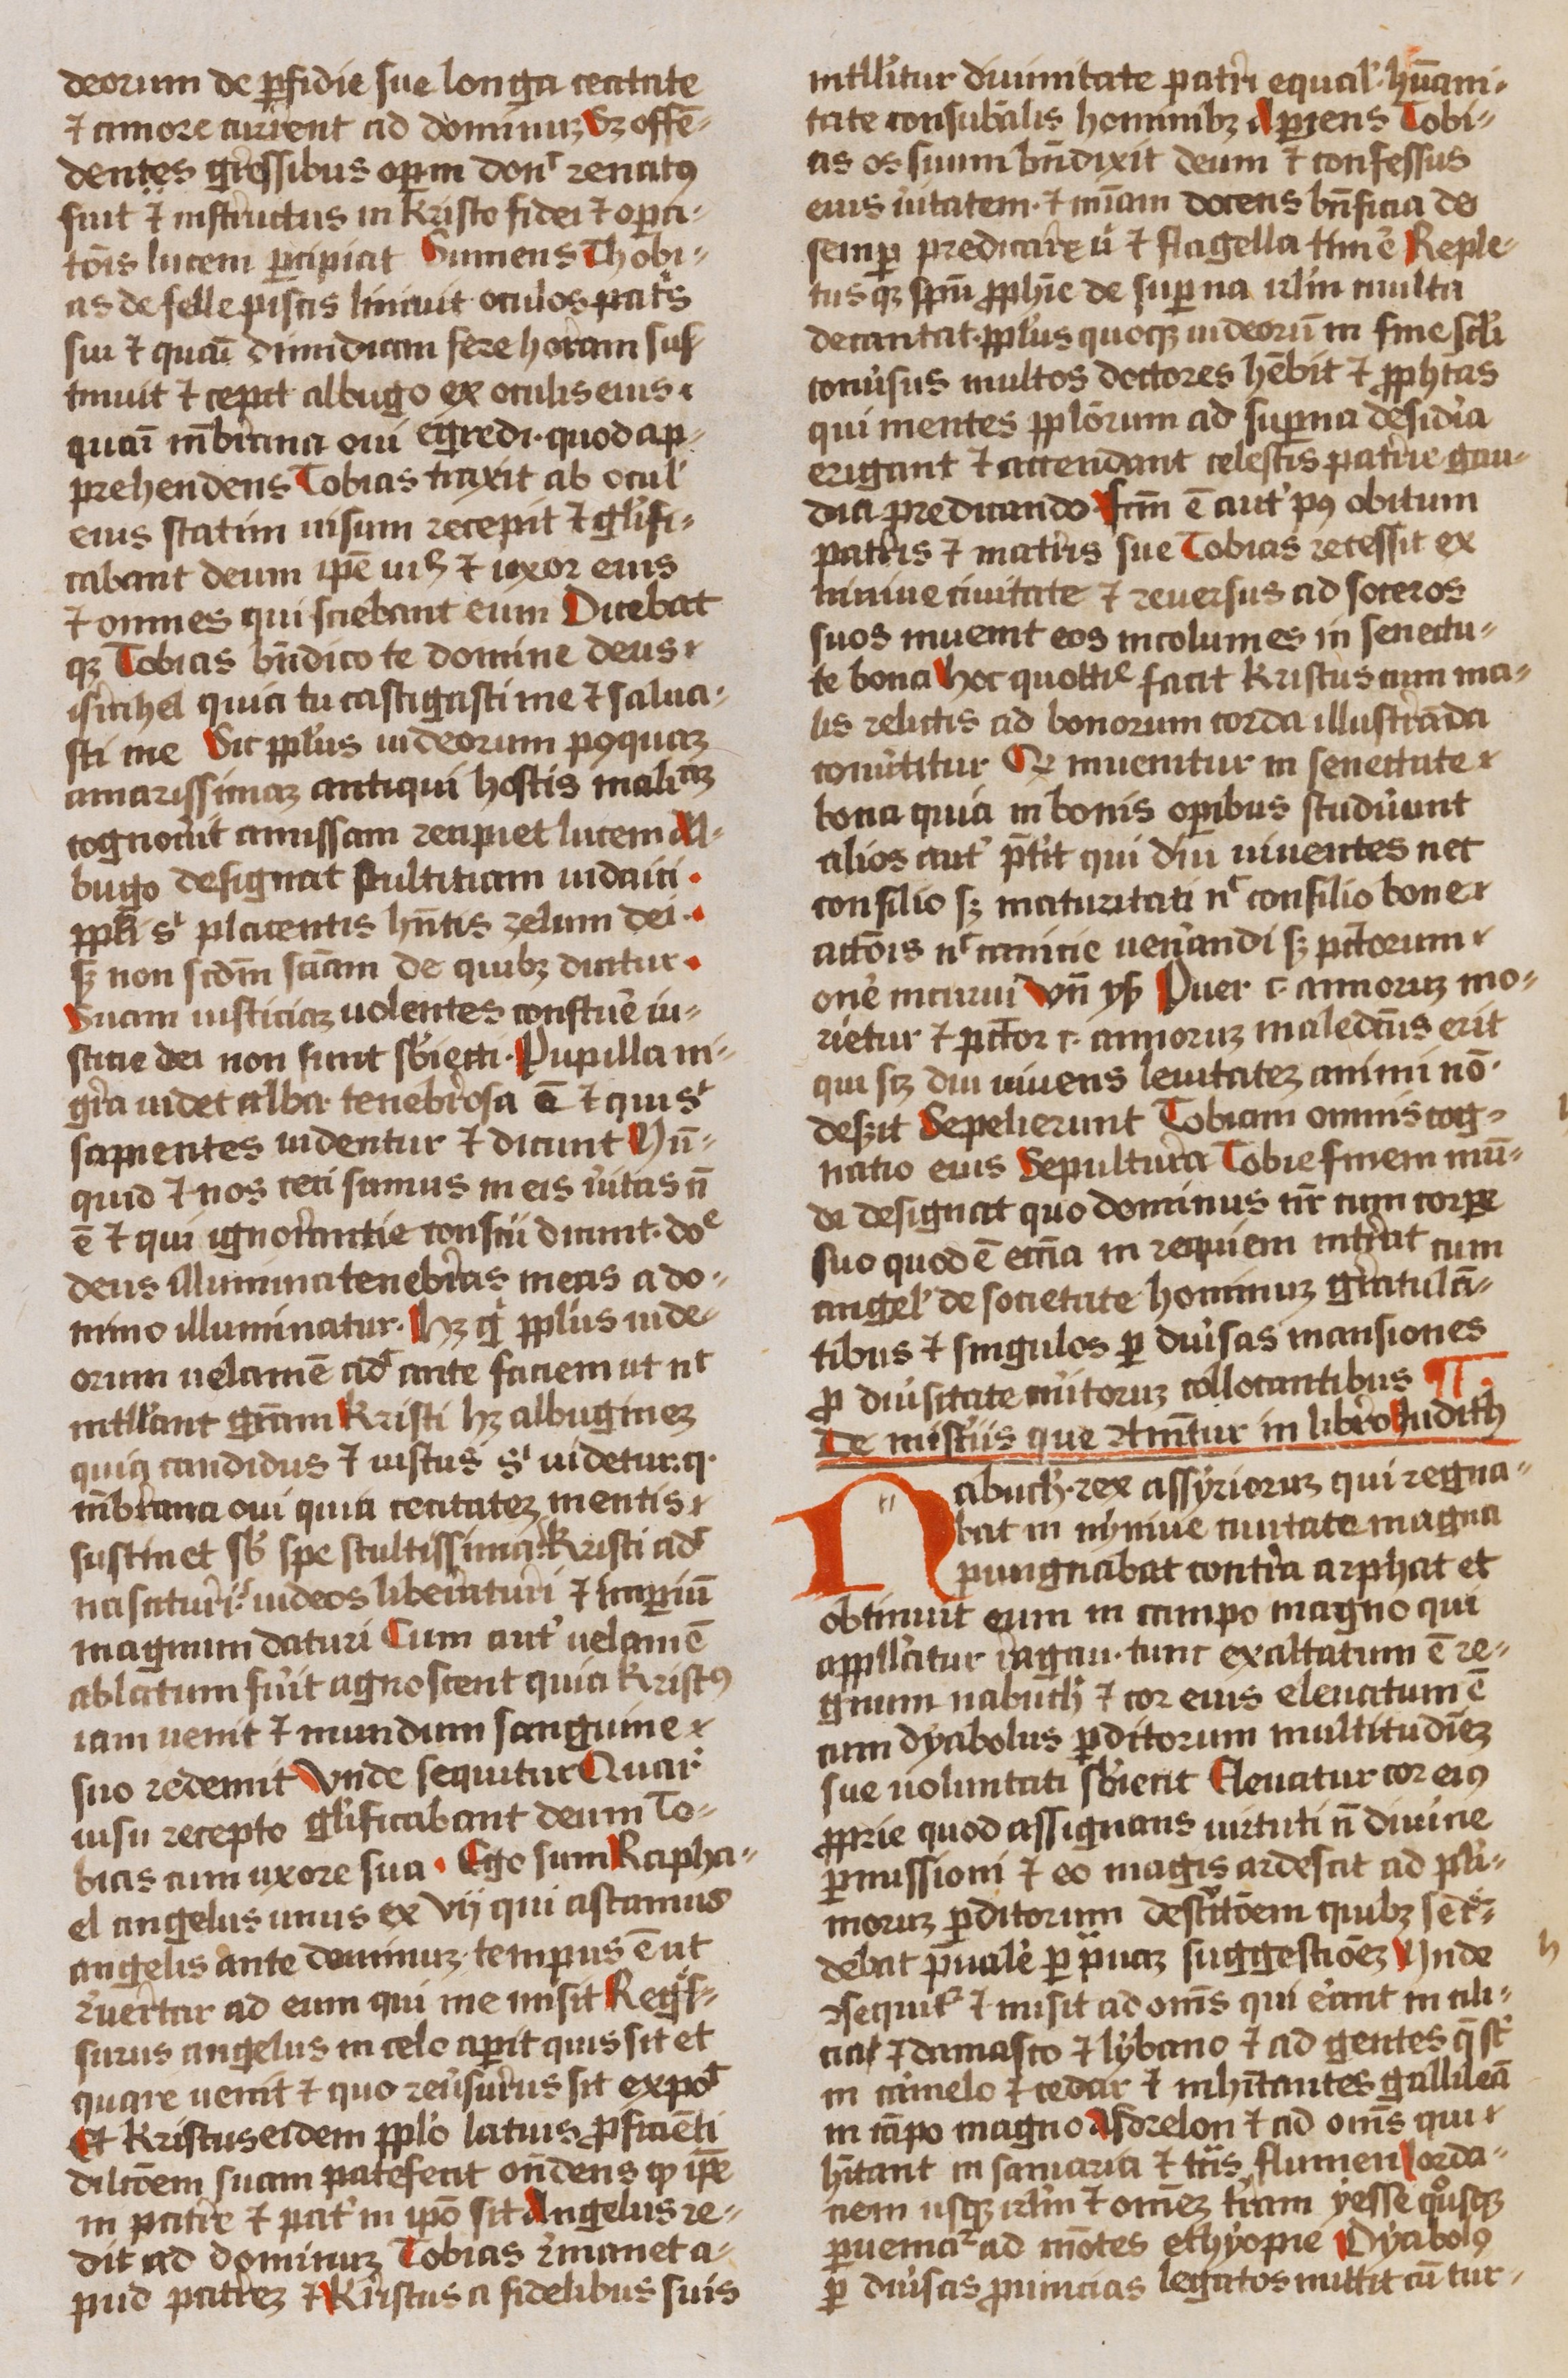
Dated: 1450–1474